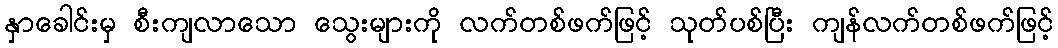
နှာခေါင်းမှ စီးကျလာသော သွေးများကို လက်တစ်ဖက်ဖြင့် သုတ်ပစ်ပြီး ကျန်လက်တစ်ဖက်ဖြင့်